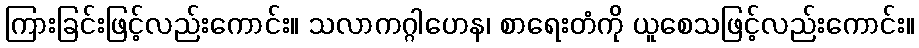
ကြားခြင်းဖြင့်လည်းကောင်း။ သလာကဂ္ဂါဟေန၊ စာရေးတံကို ယူစေသဖြင့်လည်းကောင်း။